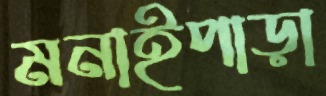
মনাইপাড়া